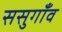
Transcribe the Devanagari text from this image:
ससुगाँव